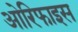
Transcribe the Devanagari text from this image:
ओरिफाइस